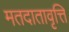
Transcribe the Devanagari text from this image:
मतदातावृत्ति